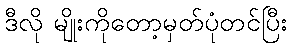
ဒီလို မျိုးကိုတော့မှတ်ပုံတင်ပြီး